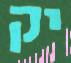
יק